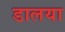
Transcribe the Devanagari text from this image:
डालया